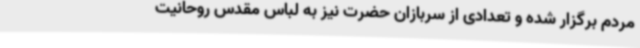
مردم برگزار شده و تعدادی از سربازان حضرت نیز به لباس مقدس روحانیت